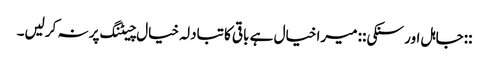
::جاہل اور سنکی:: میرا خیال ہے باقی کا تبادلہ خیال چیٹنگ پر نہ کرلیں۔